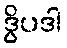
ဒွိပဒါ